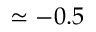
\simeq - 0 . 5